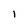
Character: I